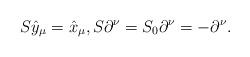
LaTeX: \begin{gather*}S\hat{y}_\mu = \hat{x}_\mu,S\partial^\nu = S_0\partial^\nu = -\partial^\nu.\end{gather*}